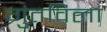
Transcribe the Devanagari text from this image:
गुंतविला